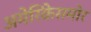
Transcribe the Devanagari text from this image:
अमेरिकेसमोर